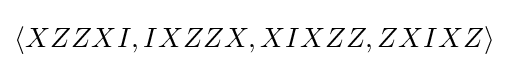
\langle XZZXI,IXZZX,XIXZZ,ZXIXZ\rangle